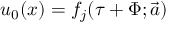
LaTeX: u _ { 0 } ( x ) = f _ { j } ( \tau + \Phi ; \overrightarrow { a } )